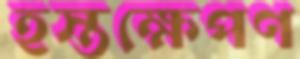
হস্তক্ষেপণ